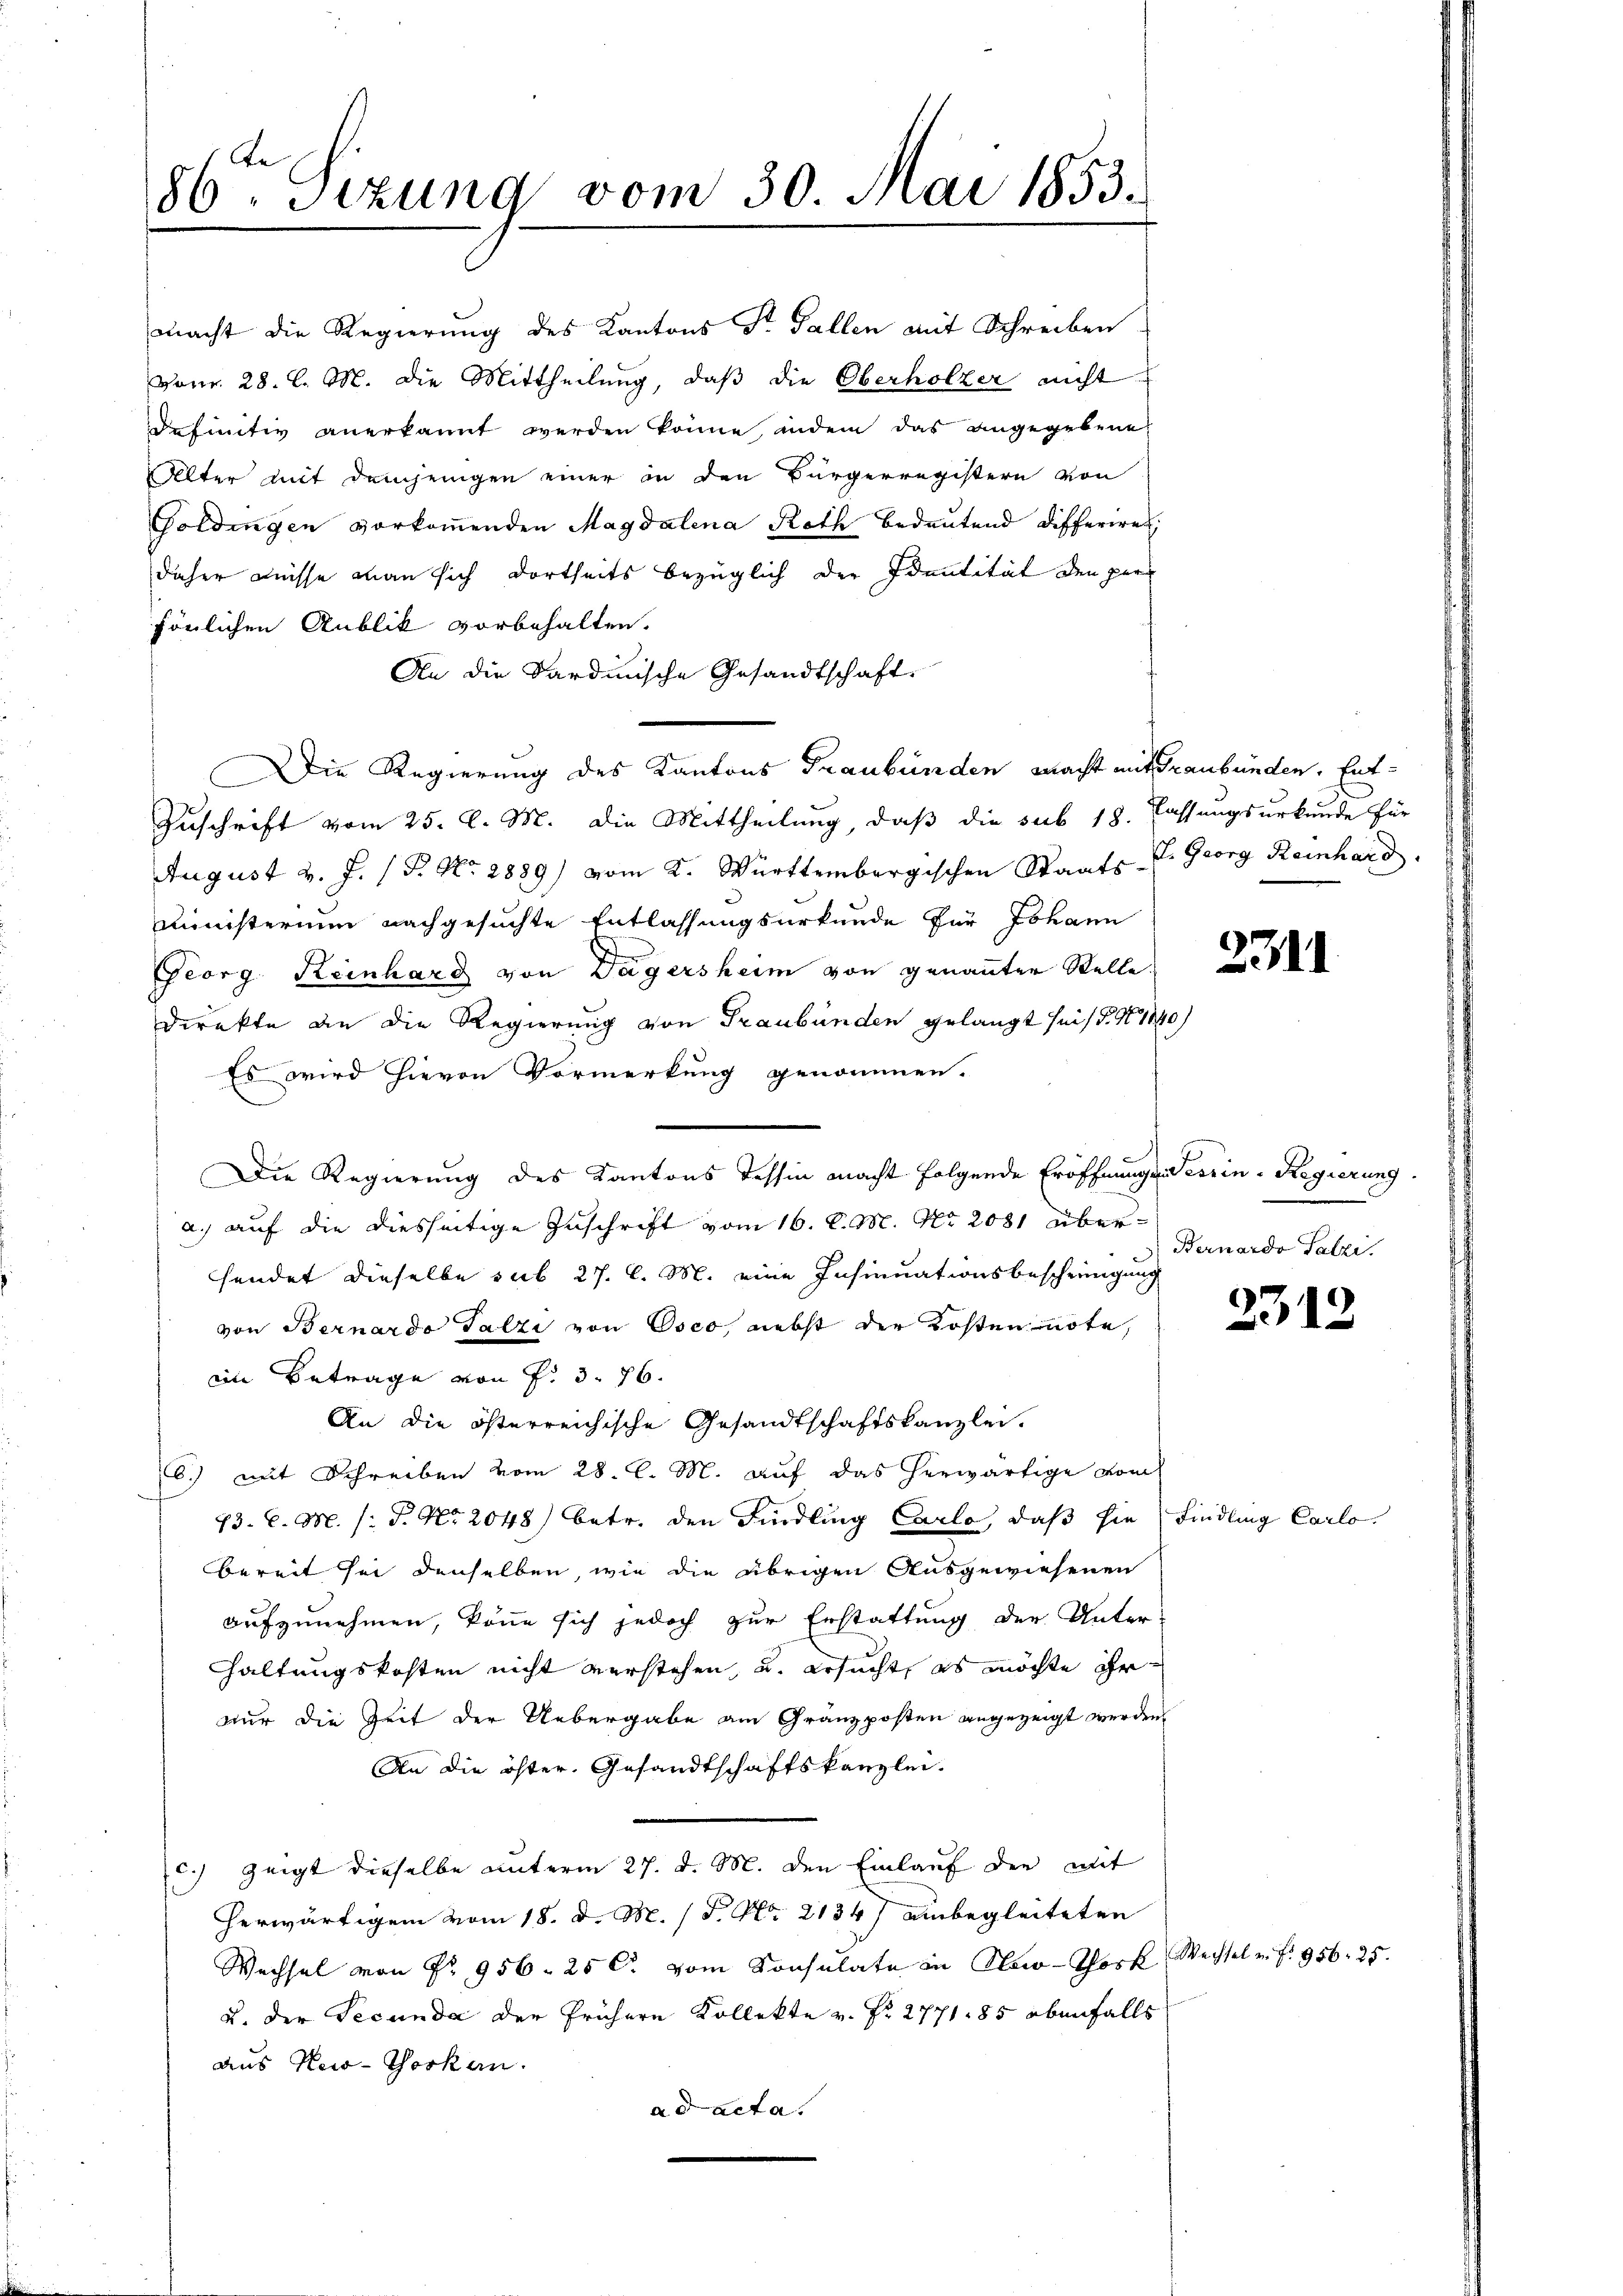
macht die Regierung des Kantons Sr. Gallen mit Schreiben
vonr. 28. l. M. die Mittheilung, daß die Oberholzer nicht
definitiv anerkannt werden könne, indem das angegebene
Alter mit demjenigen einer in den Bürgerregistern von
Goldingen vorkommenden Magdalena Roth bedeutend differires.
daher Leisse man sich dortseits bezüglich der Identität den persönlichen Anblik vorbehalten.
An die Sardinische Gesandtschaft.
Die Regierung des Kantons Graubünden macht mit Graubünden, Ent¬
Zuschrift vom 25. d. M. die Mittheilung, daß die sub 18. Fassungsurkunde für
August v. J. 1 P. Nr. 2889) vom K. Württembergischen Staats-C. Georg Reinhard.
Ministerium nachgesuchte Entlassungsurkunde für Johann
Georg Keinhard von Dägersheim von genannter Stelle
direkte an die Regierung von Graubünden gelangt sei. No. 1840
Es wird hievon Vormerkung genommen.
Die Regierung des Kantons Tessin macht folgende Eröffnungen Verein-Regierung.
a.) auf die diesseitige Zuschrift vom 16. d. M. No. 2081 übersendet dieselbe sub 27. l. M. eine Insinuationsbeschringung
von Bernardo Talzi von Osco, nebst der Kosten note,
iin Betrage von P. 3. 76.
An die österreichische Gesandtschaftskanzlei.
6.) mit Schreiben vom 28. l. M. auf das herwärtige vom
73. C. M. /: P. Nr. 2048) betr. den Findling Carlo, daß sie findling Carlo
bereit sei denselben, wie die übrigen Ausgewiesenen
aufzunehmen, könne sich jedoch zur Erstattung der Unter¬
Haltungskosten nicht verstehen, u. ersucht, es möchte ihr
nur die Zeit der Uebergabe am Gränzposten angezeigt werden.
An die öfter. Gesandtschaftskanzlei.
c) zeigt dieselbe unterm 27. d. M. den Einlauf der mit
herwärtigem vom 18. d. M. / P. Nr. 2134) unbegleiteten
Wechsel von Nr. 956 - 25 l. vom Konsulate in New-York
u. der Secunda der frühern Kollekte v. Fr. 2771. 85 ebenfalls
aus Keis-Goskau
ad acta

86ten Sizung vom 30. Mai 1853.

2311

Bernardo Salzi

2312

Vechsel u. f. 956. 25.